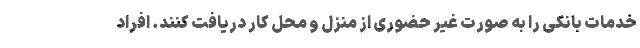
خدمات بانکی را به صورت غیر حضوری از منزل و محل کار دریافت کنند. افراد